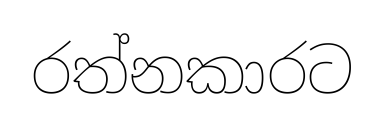
රත්නකාරට